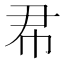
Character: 𢁨